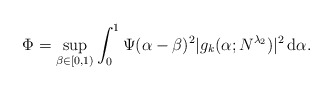
\begin{align*}\Phi=\sup_{\beta\in [0,1)}\int_0^1\Psi(\alpha-\beta)^2|g_k(\alpha;N^{\lambda_2})|^2\,{\rm d}\alpha .\end{align*}